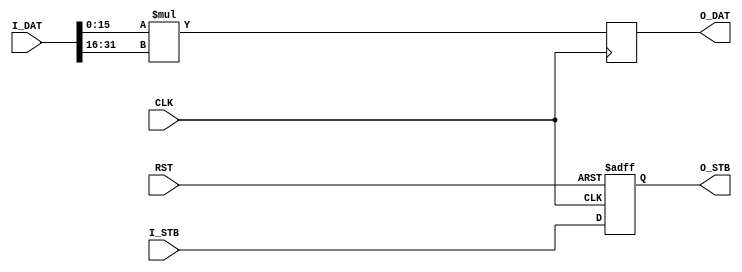
module processing_unit_1
(
input  wire CLK,
input  wire RST,
input  wire         I_STB,
input  wire [31:0]  I_DAT,
output wire         O_STB,
output wire [31:0]  O_DAT
);
wire [15:0] i_dat_a = I_DAT[15: 0];
wire [15:0] i_dat_b = I_DAT[31:16];
reg         o_stb;
reg  [31:0] o_dat;
always @(posedge CLK)
    o_dat <= i_dat_a * i_dat_b;
always @(posedge CLK or posedge RST)
    if (RST) o_stb <= 1'd0;
    else     o_stb <= I_STB;
assign O_STB = o_stb;
assign O_DAT = o_dat;
endmodule